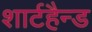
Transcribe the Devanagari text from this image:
शार्टहैन्ड